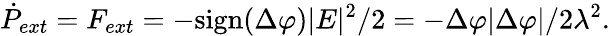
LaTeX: \dot{P}_{ext}=F_{ext}=-\mathrm{sign}(\Delta\varphi)|E|^{2}/2=-\Delta\varphi|\Delta\varphi|/2\lambda^{2}.